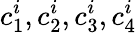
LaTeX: c_{1}^{i},c_{2}^{i},c_{3}^{i},c_{4}^{i}